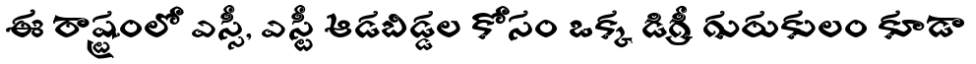
ఈ రాష్ట్రంలో ఎస్సీ, ఎస్టీ ఆడబిడ్డల కోసం ఒక్క డిగ్రీ గురుకులం కూడా